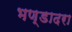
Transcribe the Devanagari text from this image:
भण्डादरा